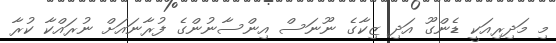
މި މަދިރިއަކީ ޑެންގޫ އަދި ޒިކާގެ ނޫނަސް އިންސާނުންގެ ފުރާނައަށް ނުރައްކާ ކުރާ